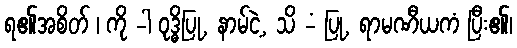
ရ၏အစိတ် ၊ ကို -ါ ဝုဒ္ဓိပြု, နာမ်ငဲ့, သိ -ံ ပြု, ရာမဏီယကံ ပြီး၏၊